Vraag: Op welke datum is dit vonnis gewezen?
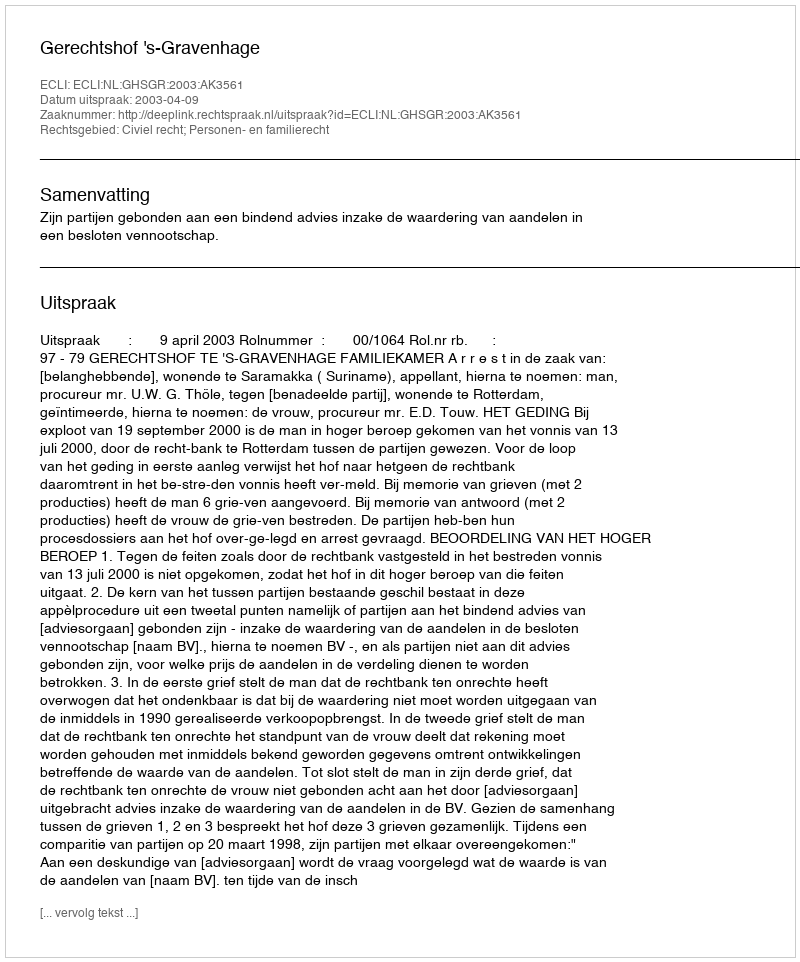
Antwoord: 2003-04-09